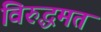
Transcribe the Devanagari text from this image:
विरुद्धमत